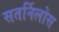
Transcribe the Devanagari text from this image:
सतर्निलोस